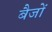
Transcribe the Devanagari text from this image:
बैजों